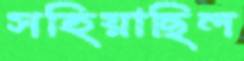
সহিয়াছিল